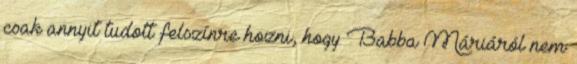
csak annyit tudott felszínre hozni, hogy Babba Máriáról nem